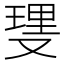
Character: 𫩆